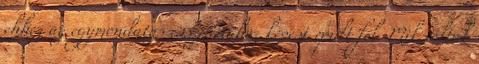
ehhez az egymondatos esszenciához képest épült fel. Mik voltak